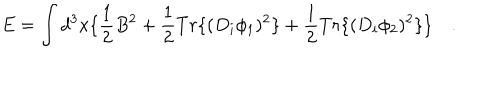
E = \int d ^ { 3 } x \{ \frac { 1 } { 2 } B ^ { 2 } + \frac { 1 } { 2 } T r \{ ( D _ { i } \phi _ { 1 } ) ^ { 2 } \} + \frac { 1 } { 2 } T r \{ ( D _ { i } \phi _ { 2 } ) ^ { 2 } \} \} \quad .